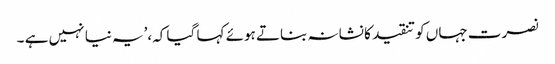
نصرت جہاں کو تنقید کا نشانہ بناتے ہوئے کہا گیا کہ،’یہ نیا نہیں ہے ۔